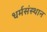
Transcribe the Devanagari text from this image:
धर्मसंस्थान